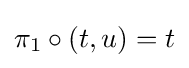
\pi _{1}\circ (t,u)=t